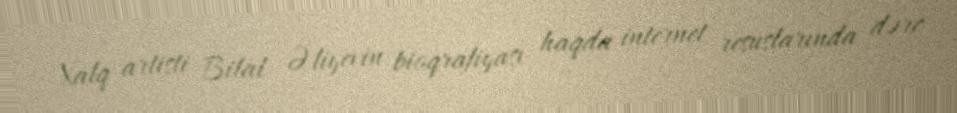
Xalq artisti Bilal Əliyevin bioqrafiyası haqda internet resuslarında dərc